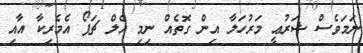
ނަމަވެސް ޝަރުޢީ މަރުހަލާ އިން ގޮތެއް ނިމި އެލް ޗަޕޯ އެމެރިކާ އާއި